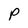
Character: P